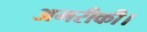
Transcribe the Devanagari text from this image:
अमरीकी।